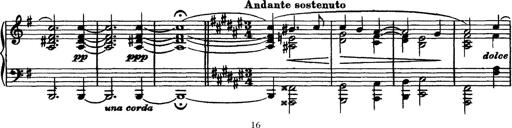
Title: Piano Sonata
Composer: Karl HÃ¤ssler
Key: C major